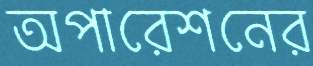
অপারেশনের